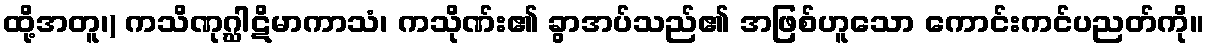
ထို့အတူ၊) ကသိဏုဂ္ဃါဋိမာကာသံ၊ ကသိုဏ်း၏ ခွာအပ်သည်၏ အဖြစ်ဟူသော ကောင်းကင်ပညတ်ကို။